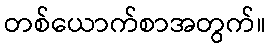
တစ်ယောက်စာအတွက်။